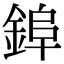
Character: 𮢌